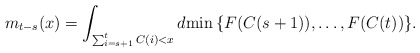
\begin{align*}m_{t-s}(x) = \int_{\sum_{i=s+1}^{t}C(i)<x} d{ \min\left\{ F(C(s+1)),\ldots,F(C(t)) \right\} }.\end{align*}